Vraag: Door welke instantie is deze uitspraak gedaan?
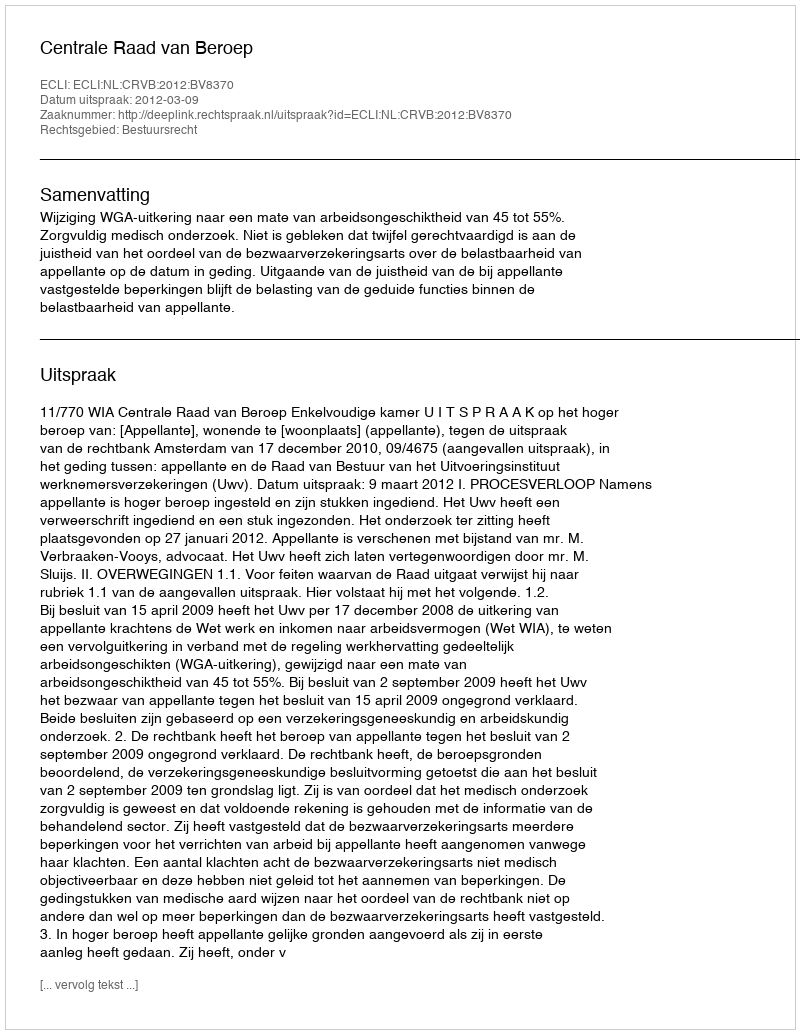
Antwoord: Centrale Raad van Beroep